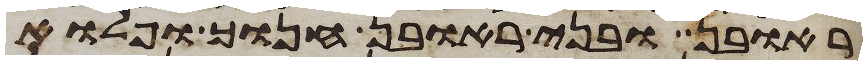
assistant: ראובן ובני ראובן חנוך ופלוא